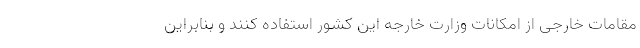
مقامات خارجی از امکانات وزارت خارجه این کشور استفاده کنند و بنابراین